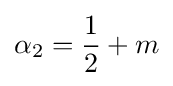
\alpha _{2}={\frac {1}{2}}+m